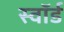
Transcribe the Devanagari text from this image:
स्‍वॉर्ड